Problem: 8 × 8 = ?
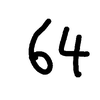
Handwritten answer: 64